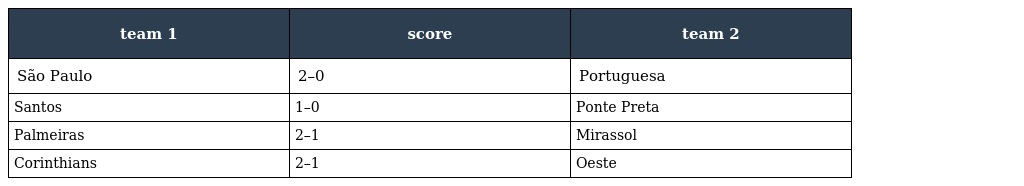
| team 1 | score | team 2 |
 | --- | --- | --- |
 | São Paulo | 2–0 | Portuguesa |
 | Santos | 1–0 | Ponte Preta |
 | Palmeiras | 2–1 | Mirassol |
 | Corinthians | 2–1 | Oeste |